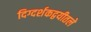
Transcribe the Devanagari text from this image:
दिग्दर्शकद्वयीतले